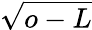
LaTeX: \sqrt{o-L}